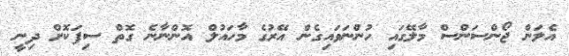
އެލަން ޖޯންސަންސް މާލޭގައި ހުންނަވައިގެން އޭރުގެ މާހައުލް އޮންނާނެ ގޮތް ސިފަކޮށް ދިނީ